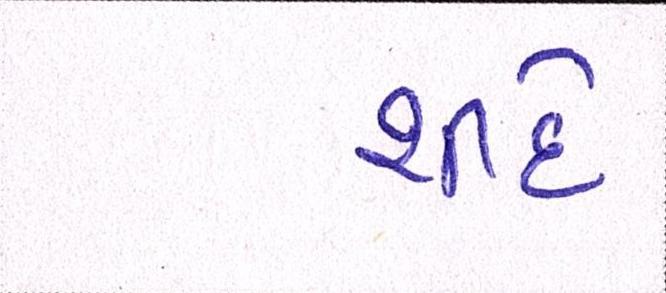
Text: શીંદે